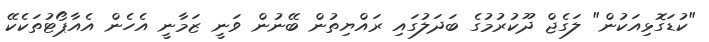
"ކުޑަގޮޅިއަކުން" ލަގެޖް ދޫކުރުމުގެ ބަދަލުގައި ރައްޔިތުން ބޭނުން ވަނީ ޒަމާނީ އެހެން އެއާޕޯޓުތަކެކޭ